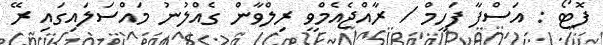
ފޮޓޯ : އަސްފާ ފަހީމް / ރާއްޖެއެމްވީ ރިލްވާން ގެއްލުނު މައްސަލައިގައި ރޭ